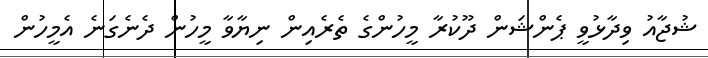
ޝުޖާއު ވިދާޅުވީ ޕެންޝަން ދޫކުރާ މީހުންގެ ތެރެއިން ނިޔާވާ މީހުން ދެނެގަނެ އެމީހުން